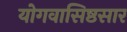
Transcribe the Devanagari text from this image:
योगवासिष्ठसार